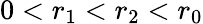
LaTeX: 0<r_{1}<r_{2}<r_{0}